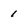
Character: 1